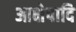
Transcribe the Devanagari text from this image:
आक्षेपादि